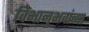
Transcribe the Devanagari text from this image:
विभानुभवांच्या